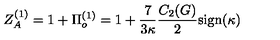
Z _ { A } ^ { ( 1 ) } = 1 + \Pi _ { o } ^ { ( 1 ) } = 1 + \frac { 7 } { 3 \kappa } \frac { C _ { 2 } ( G ) } { 2 } \mathrm { s i g n } ( \kappa )